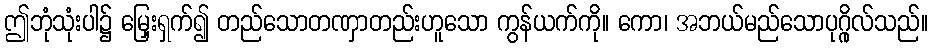
ဤဘုံသုံးပါ၌ မြှေးရှက်၍ တည်သောတဏှာတည်းဟူသော ကွန်ယက်ကို။ ကော၊ အဘယ်မည်သောပုဂ္ဂိုလ်သည်။